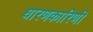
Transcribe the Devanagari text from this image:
धारणकारिणी